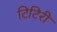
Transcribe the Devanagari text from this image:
टिटिरी